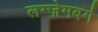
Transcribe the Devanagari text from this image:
लग्ज़ेमबर्ग